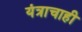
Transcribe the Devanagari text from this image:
यंत्राचाही